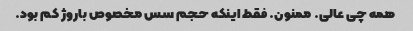
همه چی عالی. ممنون. فقط اینکه حجم سس مخصوص باروژ کم بود.